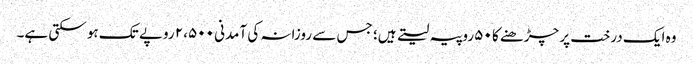
وہ ایک درخت پر چڑھنے کا ۵۰ روپیہ لیتے ہیں؛ جس سے روزانہ کی آمدنی ۲،۵۰۰ روپے تک ہو سکتی ہے۔